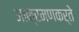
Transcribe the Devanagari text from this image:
आक्रमणकर्ते